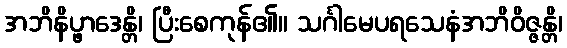
အဘိနိပ္ဖာဒေန္တိ၊ ပြီးစေကုန်၏။ သင်္ဂါမေပရသေနံအဘိဝိဇ္ဇန္တိ၊